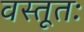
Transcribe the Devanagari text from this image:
वस्तूतः